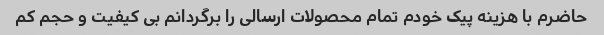
حاضرم با هزینه پیک خودم تمام محصولات ارسالی را برگردانم بی کیفیت و حجم کم